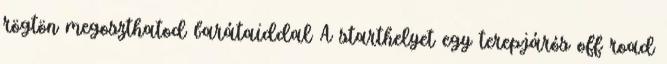
rögtön megoszthatod barátaiddal A starthelyet egy terepjárós off road